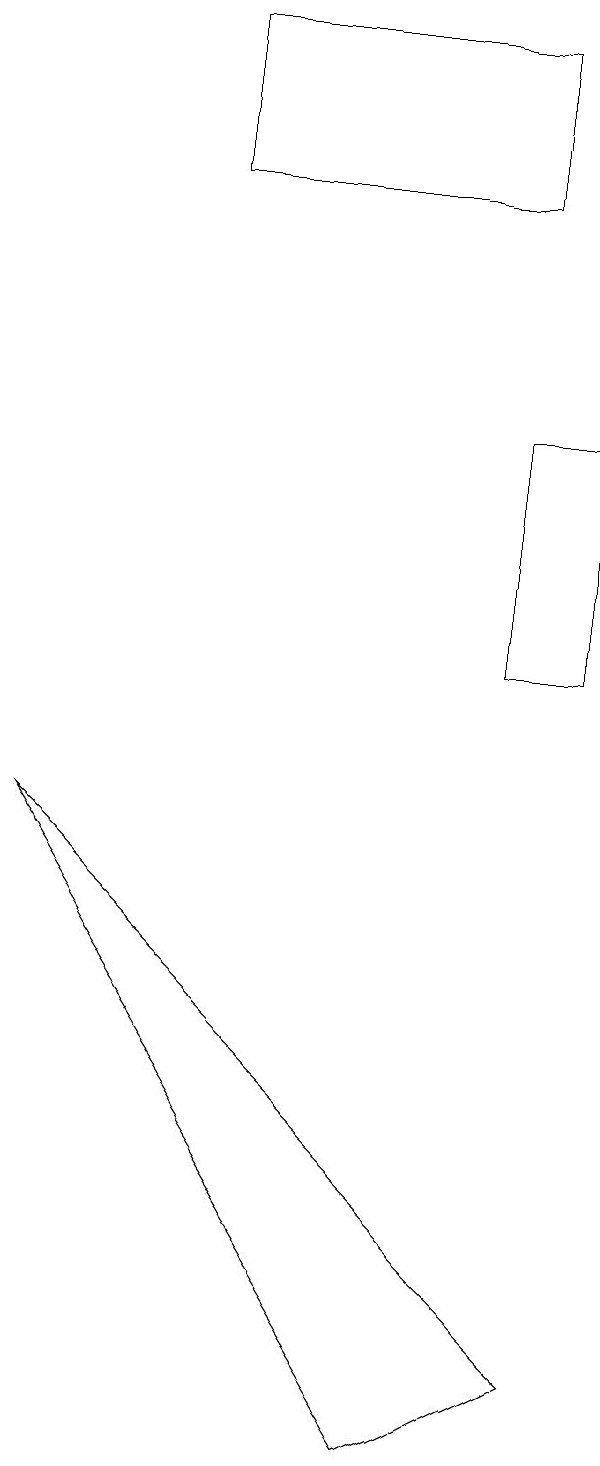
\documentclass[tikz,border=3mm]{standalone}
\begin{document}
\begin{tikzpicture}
\draw (8,11) rectangle (7,14);
\draw (7,19) rectangle (3,17);
\draw (1,9) -- (8,2) -- (6,1) -- cycle;
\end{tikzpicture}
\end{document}